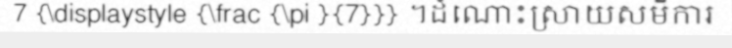
7 {\displaystyle {\frac {\pi }{7}}} ។ដំណោះស្រាយសមីការ